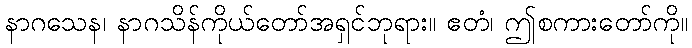
နာဂသေန၊ နာဂသိန်ကိုယ်တော်အရှင်ဘုရား။ ဧတံ၊ ဤစကားတော်ကို။